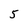
Character: 5